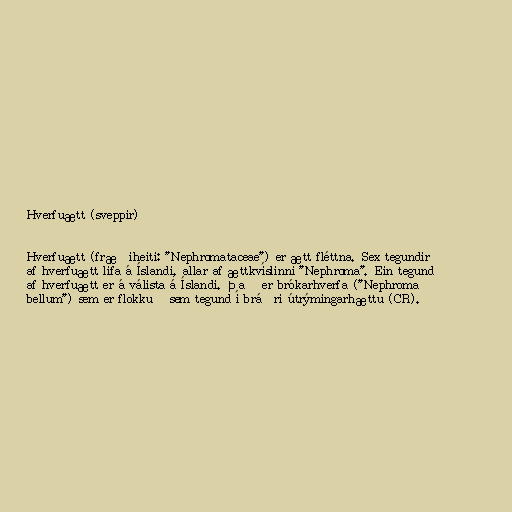
Hverfuætt (sveppir)

Hverfuætt (fræðiheiti: "Nephromataceae") er ætt fléttna. Sex tegundir
af hverfuætt lifa á Íslandi, allar af ættkvíslinni "Nephroma". Ein tegund
af hverfuætt er á válista á Íslandi. Það er brókarhverfa ("Nephroma
bellum") sem er flokkuð sem tegund í bráðri útrýmingarhættu (CR).